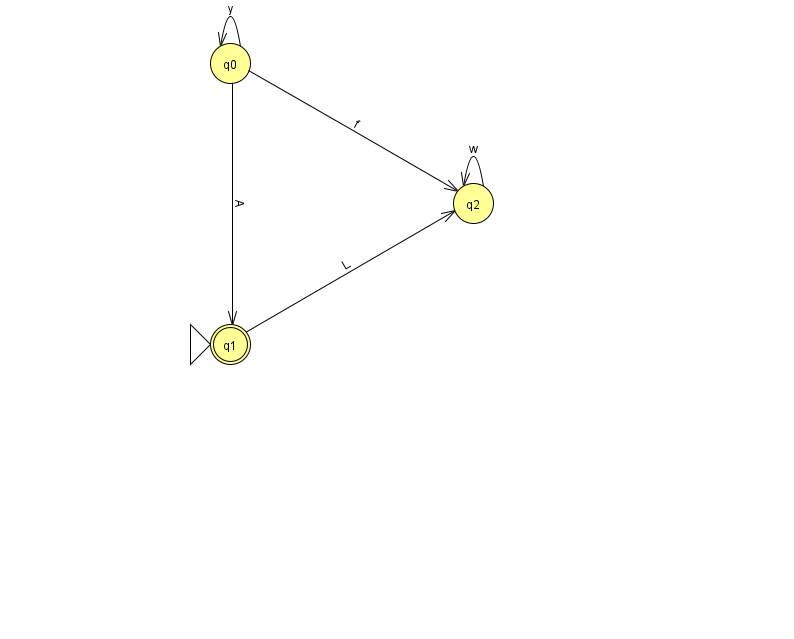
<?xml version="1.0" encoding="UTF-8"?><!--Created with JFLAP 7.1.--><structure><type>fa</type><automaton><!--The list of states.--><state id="0" name="q0"><x>230.0</x><y>50.0</y></state><state id="1" name="q1"><x>230.0</x><y>331.0</y><initial/><final/></state><state id="2" name="q2"><x>473.0</x><y>190.0</y></state><!--The list of transitions.--><transition><from>0</from><to>1</to><read>A</read></transition><transition><from>0</from><to>2</to><read>f</read></transition><transition><from>2</from><to>2</to><read>w</read></transition><transition><from>0</from><to>0</to><read>y</read></transition><transition><from>1</from><to>2</to><read>L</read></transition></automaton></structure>